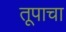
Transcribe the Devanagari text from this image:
तूपाचा